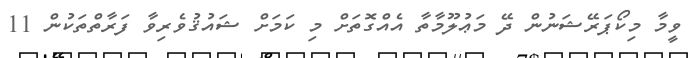
ވީމާ މިކޯޕަރޭޝަނުން ދޭ މަޢުލޫމާތާ އެއްގޮތަށް މި ކަމަށް ޝައުޤުވެރިވާ ފަރާތްތަކުން 11